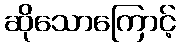
ဆိုသောကြောင့်